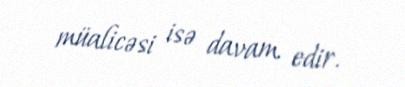
müalicəsi isə davam edir.